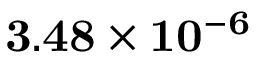
\mathbf { 3 . 4 8 \times 1 0 ^ { - 6 } }